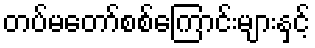
တပ်မတော်စစ်ကြောင်းများနှင့်